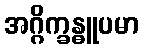
အဂ္ဂိက္ခန္ဓူပမာ